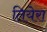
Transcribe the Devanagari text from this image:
तियेरा